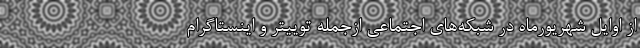
از اوایل شهریورماه در شبکه‌های اجتماعی ازجمله توییتر و اینستاگرام